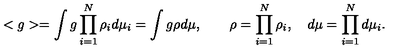
< g > = \int g \prod _ { i = 1 } ^ { N } \rho _ { i } d \mu _ { i } = \int g \rho d \mu , \quad \quad \rho = \prod _ { i = 1 } ^ { N } \rho _ { i } , \quad d \mu = \prod _ { i = 1 } ^ { N } d \mu _ { i } .